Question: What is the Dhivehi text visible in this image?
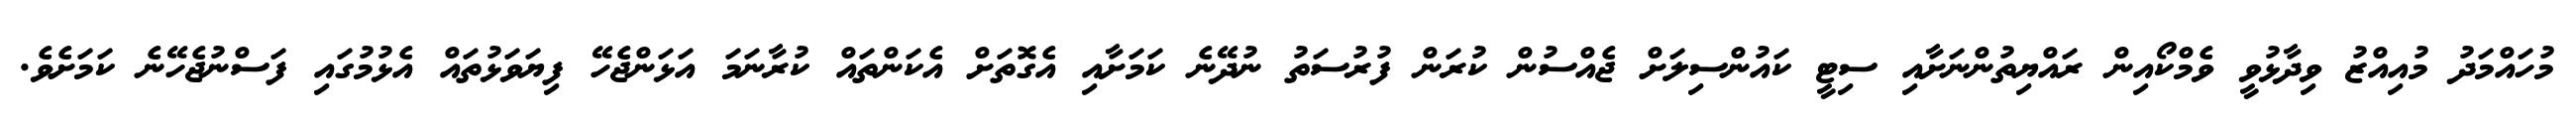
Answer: މުހައްމަދު މުއިއްޒު ވިދާޅުވީ ވެމްކޯއިން ރައްޔިތުންނަށާއި ސިޓީ ކައުންސިލަށް ޖެއްސުން ކުރަން ފުރުސަތު ނުދޭނެ ކަމަށާއި އެގޮތަށް އެކަންތައް ކުރާނަމަ އަޅަންޖެހޭ ފިޔަވަޅުތައް އެޅުމުގައި ފަސްނުޖެހޭނެ ކަމަށެވެ.